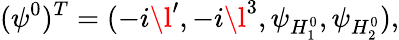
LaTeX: (\psi^{0})^{T}=(-i\l^{\prime},-i\l^{3},\psi_{H_{1}^{0}},\psi_{H_{2}^{0}}),